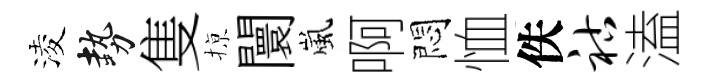
淩勢隻𢱊闤嵐啊悶恤佚祜溘